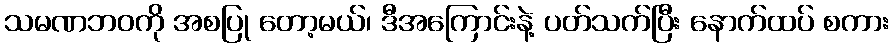
သမဏဘဝကို အစပြု တော့မယ်၊ ဒီအကြောင်းနဲ့ ပတ်သက်ပြီး နောက်ထပ် စကား